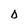
Character: D